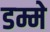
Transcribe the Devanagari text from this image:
डम्मे